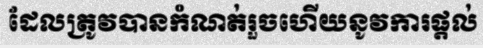
ដែលត្រូវបានកំណត់រួចហើយនូវការផ្តល់